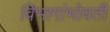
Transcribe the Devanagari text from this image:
विभागांभोवती